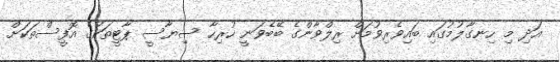
އަދި މި ހިނގާލުމުގައި ބައިވެރިވުމަށް ރިލްވާންގެ ބޭބެވަނީ ހުރިހާ ސިޔާސީ ޕާޓީތަކުގެ އޮފީސްތަކަށް